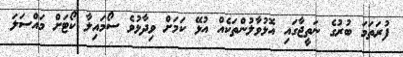
ފުރަތަމަ ބުރުގެ ނަތީޖާގައި އޮޅުވާލުންތަކެއް އުޅޭ ކަމަށް ވިދާޅުވެ ސޯމައިލާ ކޯޓަށް މައްސަލަ